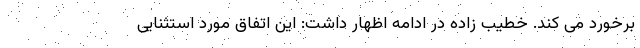
برخورد می کند. خطیب زاده در ادامه اظهار داشت: این اتفاق مورد استثنایی